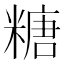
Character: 糖